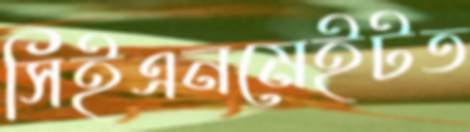
সিইএনমেইটত